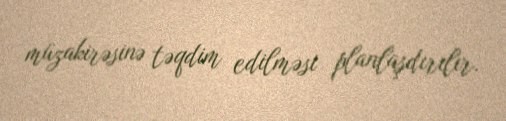
müzakirəsinə təqdim edilməsi planlaşdırılır.